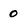
Character: 0